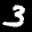
Label: 3